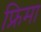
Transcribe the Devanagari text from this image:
फ्रिमा